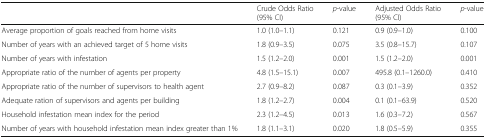
<table><thead><tr><td></td><td><b>Crude Odds Ratio (95% CI)</b></td><td><b><i>p</i>-value</b></td><td><b>Adjusted Odds Ratio (95% CI)</b></td><td><b><i>p</i>-value</b></td></tr></thead><tbody><tr><td>Average proportion of goals reached from home visits</td><td>1.0 (1.0–1.1)</td><td>0.121</td><td>0.9 (0.9–1.0)</td><td>0.100</td></tr><tr><td>Number of years with an achieved target of 5 home visits</td><td>1.8 (0.9–3.5)</td><td>0.075</td><td>3.5 (0.8–15.7)</td><td>0.107</td></tr><tr><td>Number of years with infestation</td><td>1.5 (1.2–2.0)</td><td>0.001</td><td>1.5 (1.2–2.0)</td><td>0.001</td></tr><tr><td>Appropriate ratio of the number of agents per property</td><td>4.8 (1.5–15.1)</td><td>0.007</td><td>495.8 (0.1–1260.0)</td><td>0.410</td></tr><tr><td>Appropriate ratio of the number of supervisors to health agent</td><td>2.7 (0.9–8.2)</td><td>0.087</td><td>0.3 (0.1–3.9)</td><td>0.352</td></tr><tr><td>Adequate ration of supervisors and agents per building</td><td>1.8 (1.2–2.7)</td><td>0.004</td><td>0.1 (0.1–63.9)</td><td>0.520</td></tr><tr><td>Household infestation mean index for the period</td><td>2.3 (1.2–4.5)</td><td>0.013</td><td>1.6 (0.3–7.2)</td><td>0.567</td></tr><tr><td>Number of years with household infestation mean index greater than 1%</td><td>1.8 (1.1–3.1)</td><td>0.020</td><td>1.8 (0.5–5.9)</td><td>0.355</td></tr></tbody></table>